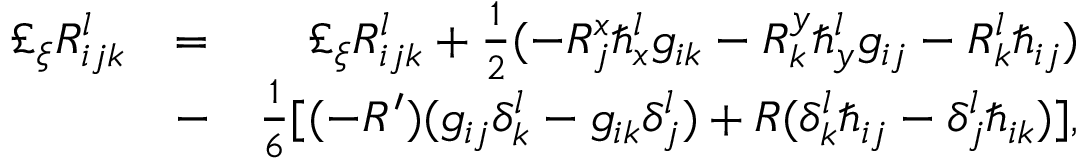
\begin{array} { r l r } { \pounds _ { \xi } R _ { i j k } ^ { l } } & { = } & { \pounds _ { \xi } R _ { i j k } ^ { l } + \frac { 1 } { 2 } ( - R _ { j } ^ { x } \hbar _ { x } ^ { l } g _ { i k } - R _ { k } ^ { y } \hbar _ { y } ^ { l } g _ { i j } - R _ { k } ^ { l } \hbar _ { i j } ) } \\ & { - } & { \frac { 1 } { 6 } [ ( - R ^ { \prime } ) ( g _ { i j } \delta _ { k } ^ { l } - g _ { i k } \delta _ { j } ^ { l } ) + R ( \delta _ { k } ^ { l } \hbar _ { i j } - \delta _ { j } ^ { l } \hbar _ { i k } ) ] , } \end{array}